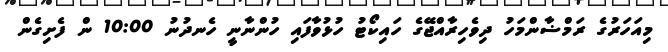
މިއަހަރުގެ ރަމްޟާންމަހު ދިވެހިރާއްޖޭގެ ހައިކޯޓު ހުޅުވާފައި ހުންނާނީ ހެނދުނު 10:00 ން ފެށިގެން